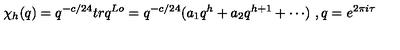
\chi _ { h } ( q ) = q ^ { - c / 2 4 } t r q ^ { L o } = q ^ { - c / 2 4 } ( a _ { 1 } q ^ { h } + a _ { 2 } q ^ { h + 1 } + \cdots ) \ , q = e ^ { 2 \pi i \tau }